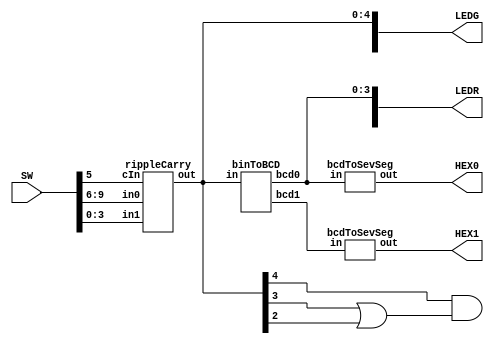
module main(HEX1, HEX0, LEDG, LEDR, SW);
	output [6:0] HEX1, HEX0;
	output [7:0] LEDG;
	output [9:0] LEDR;
	input  [9:0] SW;
	
	wire   [4:0] binOut;
	wire   [3:0] BCD1, BCD0;
	assign LEDG[4:0] = binOut;
	assign LEDR[3:0] = BCD0;
	assign LEDR[9:6] = BCD1;
	assign LEDG[7] = binOut[4] & (binOut[3]|binOut[2]);		//ERR: Adder Overflow
	
	rippleCarry RCA(binOut, SW[3:0], SW[9:6], SW[5]);
	binToBCD    CN0(BCD1, BCD0,binOut);
	bcdToSevSeg BCDtoSevSeg0(HEX0, BCD0);
	bcdToSevSeg BCDToSevSeg1(HEX1, BCD1);
endmodule 

module testbench;
	reg  [9:0] SW;
	wire [6:0] HEX1, HEX2;
	wire [9:0] LEDR;
	wire [7:0] LEDG;
	
	integer i, j;
	
	main myMain(HEX1, HEX2, LEDG, LEDR, SW);
	
	initial begin
		$dumpfile("test.vcd");
		$dumpvars(0, testbench);
		#0 SW = {4'd00, 2'd0, 4'd0};
		
		for (i=0; i <=9; i=i+1) begin
			for(j=0; j<=9; j=j+1) begin
				#1 SW = {i[3:0], 2'd0, j[3:0]};
			end
		end
	end
endmodule

module binToBCD(bcd1, bcd0, in);
	output [3:0] bcd1, bcd0;
	input  [4:0] in;
	
	wire   [3:0] digS = {4{in[4] | (in[3] & (in[2]|in[1]))}};// Digit Select (Below or above 9)
	wire   [3:0] abv9 = {in[4]&in[1], ~(in[2]^in[1]), ~in[1], in[0]};
	
	assign bcd0 = (~digS & in[3:0]) | (digS & abv9);
	assign bcd1 = (~digS & 4'b0000) | (digS & 4'b0001);
endmodule

module bcdToSevSeg(out, in);
	output [6:0] out;
	input  [3:0] in;
	
	wire A = in[3], B = in[2], C =in[1], D = in[0];
	
	assign out[0] = (~A&~C)&(B^D);
	assign out[1] = (~A&B)&(C^D);
	assign out[2] = (~A&~B&C&~D);
	assign out[3] = (~A&B&~(C^D))|(~A&~B&~C&D);
	assign out[4] = (A&D) | (~A&~B&D) | (~A&B&(~C|D));
	assign out[5] = (~A&~B)&(C|D);
	assign out[6] = (~A&~B&~C)|(~A&B&C&D);
endmodule

// Adder Down Below
module fullAdder(s, cO, A, B, cI);
	output s, cO;
	input  A, B, cI;
	
	wire w0;
	assign w0 = A ^ B;
	assign s  = w0 ^ cI;
	assign cO = (~w0 & B) | (w0 & cI);
endmodule 

module rippleCarry(out, in1, in0, cIn);
	output [4:0] out;
	input  [3:0] in1, in0;
	input  cIn;
	
	wire   [2:0] wci;
	
	fullAdder FA0(out[0], wci[0], in1[0], in0[0], cIn);
	fullAdder FA1(out[1], wci[1], in1[1], in0[1], wci[0]);
	fullAdder FA2(out[2], wci[2], in1[2], in0[2], wci[1]);
	fullAdder FA3(out[3], out[4], in1[3], in0[3], wci[2]);
endmodule